Indian journal of veterinary science and animal husbandry - Volumes 24-25, 1954-1955
Year: 1954
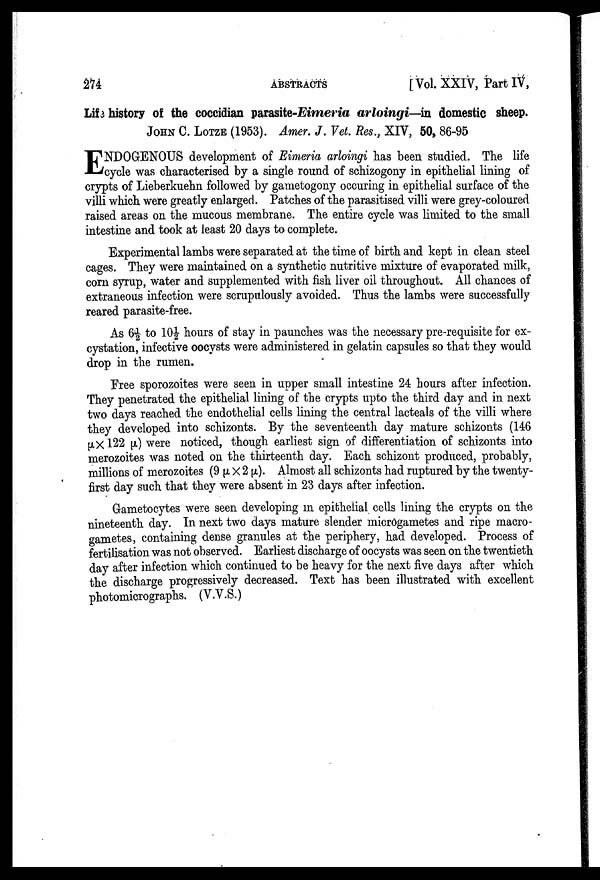
274
ABSTRACTS
[Vol. XXIV, Part IV,
Life history of the coccidian parasite-Eimeria arloingi—in domestic sheep.
JOHN C. LOTZE (1953). Amer. J. Vet. Res., XIV, 50, 86-95
E NDOGENOUS development of Eimeria arloingi has been studied. The life
cycle was characterised by a single round of schizogony in epithelial lining of
crypts of Lieberkuehn followed by gametogony occuring in epithelial surface of the
villi which were greatly enlarged. Patches of the parasitised villi were grey-coloured
raised areas on the mucous membrane. The entire cycle was limited to the small
intestine and took at least 20 days to complete.
Experimental lambs were separated at the time of birth and kept in clean steel
cages. They were maintained on a synthetic nutritive mixture of evaporated milk,
corn syrup, water and supplemented with fish liver oil throughout. All chances of
extraneous infection were scrupulously avoided. Thus the lambs were successfully
reared parasite-free.
As 6½ to 10½ hours of stay in paunches was the necessary pre-requisite for ex-
cystation, infective oocysts were administered in gelatin capsules so that they would
drop in the rumen.
Free sporozoites were seen in upper small intestine 24 hours after infection.
They penetrated the epithelial lining of the crypts upto the third day and in next
two days reached the endothelial cells lining the central lacteals of the villi where
they developed into schizonts. By the seventeenth day mature schizonts (146
µ × 122 µ) were noticed, though earliest sign of differentiation of schizonts into
merozoites was noted on the thirteenth day. Each schizont produced, probably,
millions of merozoites (9 µ × 2 µ). Almost all schizonts had ruptured by the twenty-
first day such that they were absent in 23 days after infection.
Gametocytes were seen developing in epithelial cells lining the crypts on the
nineteenth day. In next two days mature slender microgametes and ripe macro-
gametes, containing dense granules at the periphery, had developed. Process of
fertilisation was not observed. Earliest discharge of oocysts was seen on the twentieth
day after infection which continued to be heavy for the next five days after which
the discharge progressively decreased. Text has been illustrated with excellent
photomicrographs. (V.V.S.)